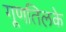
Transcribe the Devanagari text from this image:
गूणतिलके